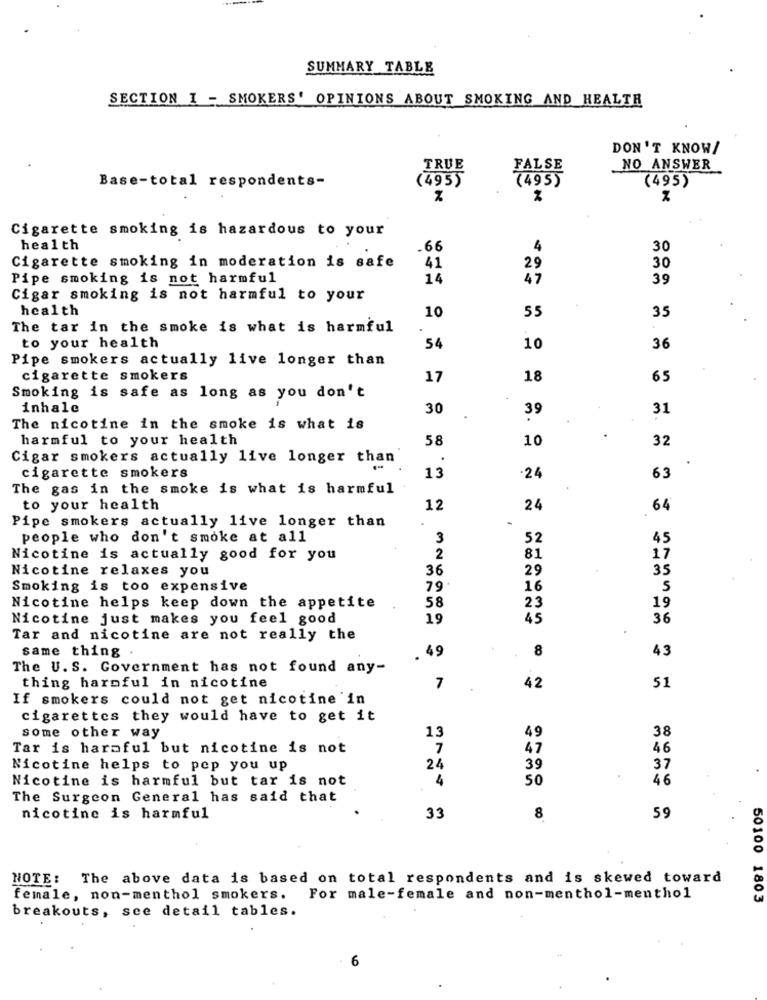
SUMMARY TABLE
SECTION I - SMOKERS' OPINIONS ABOUT SMOKING AND HEALTH
DON'T KNOW/
TRUE
FALSE
NO ANSWER
Base-total respondents-
(4955
(4955
(495)
%
Cigarette smoking is hazardous to your
health
.66
4
30
Cigarette smoking in moderation is safe
41
29
30
Pipe smoking is not harmful
14
47
39
Cigar smoking is not harmful to your
health
10
55
35
The tar in the smoke is what is harmful
to your health
54
10
36
Pipe smokers actually live longer than
cigarette smokers
17
18
65
Smoking is safe as long as you don't
inhale
30
31
39
The nicotine in the smoke is what is
harmful to your health
58
10
32
Cigar smokers actually live longer than
cigarette smokers
13
.24
63
The gas in the smoke is what is harmful
to your health
12
24
64
Pipe smokers actually live longer than
people who don't smoke at all
3
52
45
Nicotine is actually good for you
2
81
17
Nicotine relaxes you
36
29
35
Smoking is too expensive
79
16
5
58
Nicotine helps keep down the appetite
23
19
Nicotine just makes you feel good
19
45
36
Tar and nicotine are not really the
same thing
49
8
43
The U. S. Government has not found any-
thing harmful in nicotine
7
42
51
If smokers could not get nicotine 'in
cigarettes they would have to get it
13
38
some other way
49
Tar is haraful but nicotine is not
7
47
46
Nicotine helps to pep you up
24
39
37
Nicotine is harmful but tar is not
4
50
46
The Surgeon General has said that
nicotine is harmful
33
8
59
NOTE: The above data is based on total respondents and is skewed toward
female, non-menthol smokers. For male-female and non-menthol-menthol
50100 1803
breakouts, see detail tables.
6